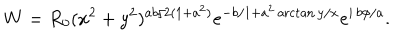
W = R _ { 0 } ( x ^ { 2 } + y ^ { 2 } ) ^ { a b / 2 ( 1 + a ^ { 2 } ) } e ^ { - b / 1 + a ^ { 2 } \operatorname { a r c t a n } y / x } e ^ { i \, b \phi / a } .